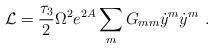
LaTeX: \begin{align*}{\cal L}={\tau_3\over2}\Omega^2 e^{2A}\sum_m G_{mm} {\dot y}^m{\dot y}^m\ .\end{align*}